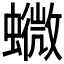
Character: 𧒰